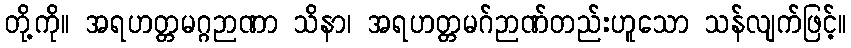
တို့ကို။ အရဟတ္တမဂ္ဂဉာဏာ သိနာ၊ အရဟတ္တမဂ်ဉာဏ်တည်းဟူသော သန်လျက်ဖြင့်။